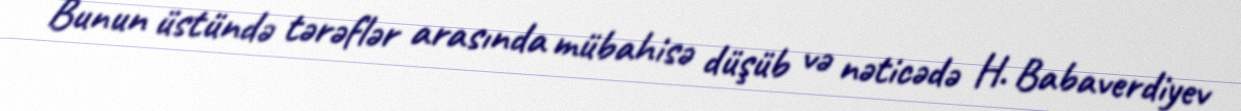
Bunun üstündə tərəflər arasında mübahisə düşüb və nəticədə H. Babaverdiyev